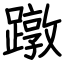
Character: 蹾